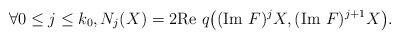
\begin{align*}\forall 0 \leq j \leq k_0, N_j(X)=2\textrm{Re }q\big((\textrm{Im }F)^{j}X,(\textrm{Im }F)^{j+1}X\big).\end{align*}